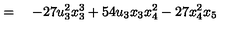
\qquad \qquad = \quad - 2 7 u _ { 3 } ^ { 2 } x _ { 3 } ^ { 3 } + 5 4 u _ { 3 } x _ { 3 } x _ { 4 } ^ { 2 } - 2 7 x _ { 4 } ^ { 2 } x _ { 5 }